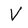
Character: V